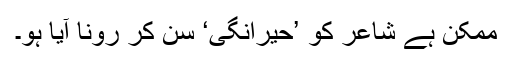
ممکن ہے شاعر کو ’حیرانگی‘ سن کر رونا آیا ہو۔